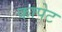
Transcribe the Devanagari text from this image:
कापेट